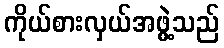
ကိုယ်စားလှယ်အဖွဲ့သည်